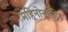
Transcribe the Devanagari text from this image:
महिनोन्‌महिने